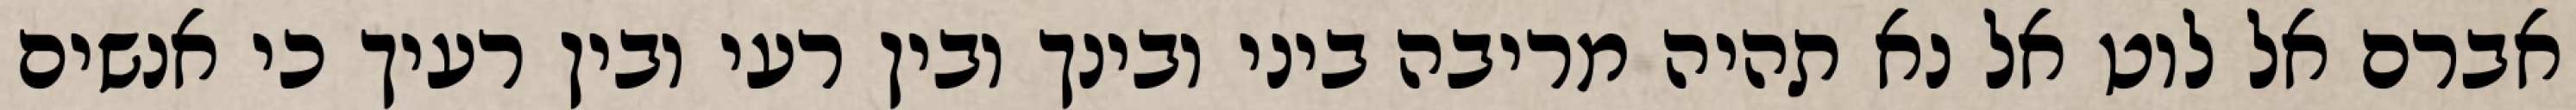
אברם אל לוט אל נא תהיה מריבה ביני ובינך ובין רעי ובין רעיך כי אנשים